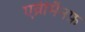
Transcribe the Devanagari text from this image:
एव्रीमैनफ़